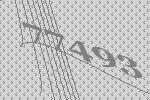
77493